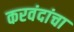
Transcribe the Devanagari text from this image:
करवंदांचा